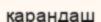
қарандаш